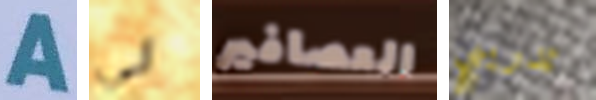
A لي العصافير تدريبي